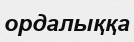
ордалыққа